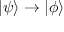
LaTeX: | \psi \rangle \to | \phi \rangle